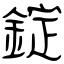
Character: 錠